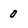
Character: 0